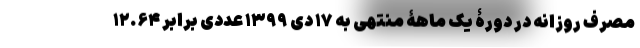
مصرف روزانه در دورۀ یک ماهۀ منتهی به ۱۷ دی ۱۳۹۹ عددی برابر ۱۲.۶۴